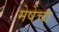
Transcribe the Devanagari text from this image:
मेषेचा